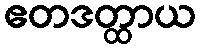
ဧတဒတ္ထာယ